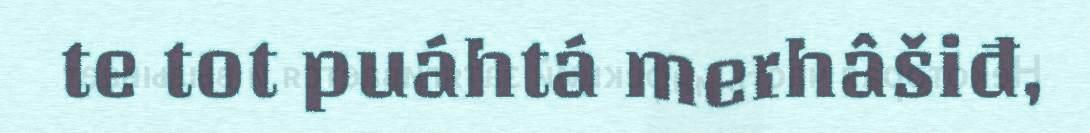
te tot puáhtá merhâšiđ,